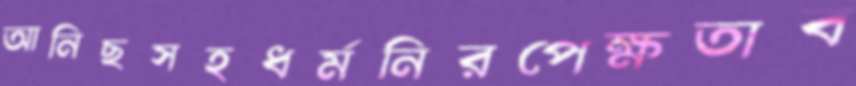
আনিছসহধর্মনিরপেক্ষতাব